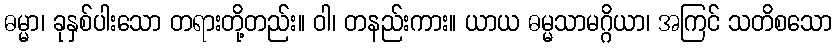
ဓမ္မာ၊ ခုနှစ်ပါးသော တရားတို့တည်း။ ဝါ၊ တနည်းကား။ ယာယ ဓမ္မသာမဂ္ဂိယာ၊ အကြင် သတိစသော